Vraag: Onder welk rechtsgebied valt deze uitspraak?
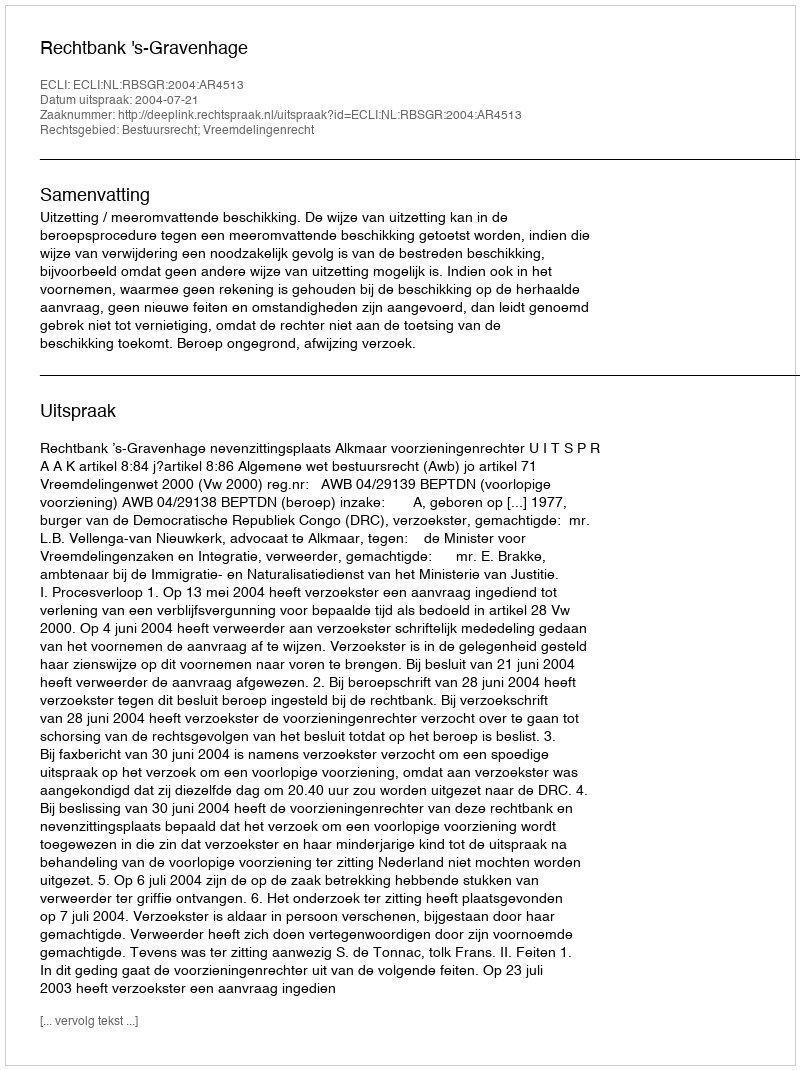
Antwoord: Bestuursrecht; Vreemdelingenrecht